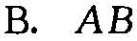
B. AB